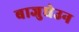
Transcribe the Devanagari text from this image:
बाजुघेउन